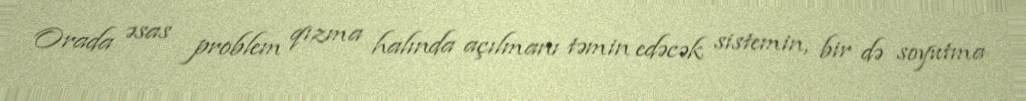
Orada əsas problem qızma halında açılmanı təmin edəcək sistemin, bir də soyutma